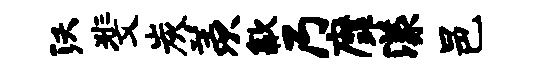
沃斐炭羡歙乃縻漾邑